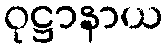
ဝုဋ္ဌာနာယ